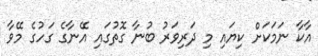
އާކާ ނަމަކަށް ކިޔައި މި ދަރިވަރު ބުނާ ގޮތުގައި އޭނާގެ ގަހުގެ މޭވާ